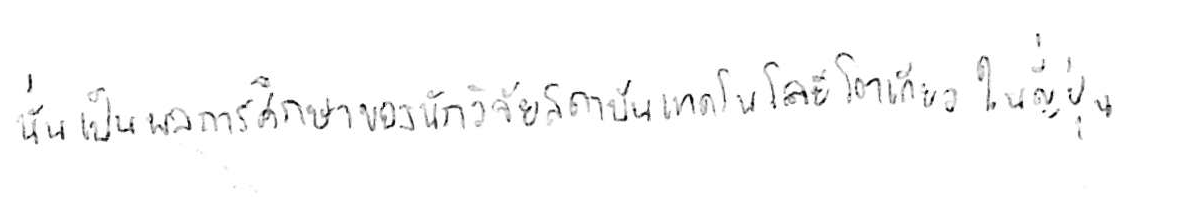
นั่นเป็นผลการศึกษาของนักวิจัยสถาบันเทคโนโลยีโตเกียว ในญี่ปุ่น